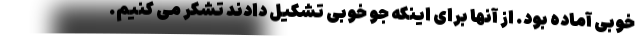
خوبی آماده بود. از آنها برای اینکه جو خوبی تشکیل دادند تشکر می کنیم.